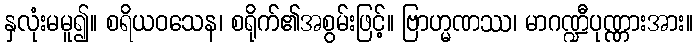
နှလုံးမမူ၍။ စရိယဝသေန၊ စရိုက်၏အစွမ်းဖြင့်။ ဗြာဟ္မဏဿ၊ မာဂဏ္ဍီပုဏ္ဏားအား။